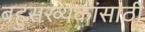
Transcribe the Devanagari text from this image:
बहुसंख्यकांसाठी